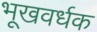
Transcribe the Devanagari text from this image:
भूखवर्धक